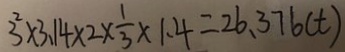
3 ^ { 2 } \times 3 . 1 4 \times 2 \times \frac { 1 } { 3 } \times 1 . 4 = 2 6 . 3 7 6 ( t )